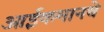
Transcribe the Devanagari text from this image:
आईकमानचे